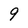
Character: 9